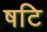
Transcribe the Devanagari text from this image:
षटि